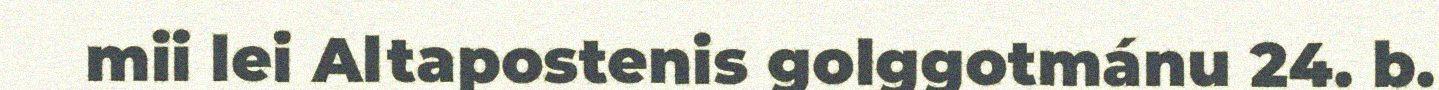
mii lei Altapostenis golggotmánu 24. b.